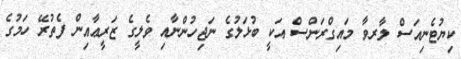
ކިޔުޓެނިއަސް ލާރވާ މައިގްރަންސް އަކީ ބުޅަލުގެ ނަޖިހުންނާއި ވެލީގެ ޒަރީޢާއިން ފެތުރޭ ހަމުގެ